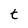
Character: t